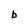
Character: b